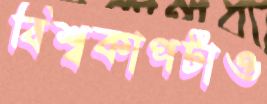
বিশ্বকাপটাও